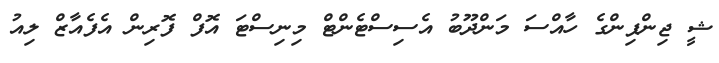
ޝީ ޖިންޕިންގެ ހާއްސަ މަންދޫބު އެސިސްޓެންޓް މިނިސްޓަ އޮފް ފޮރިން އެފެއާޒް ލިއު